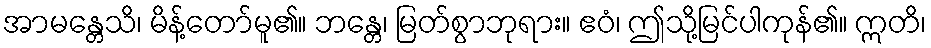
အာမန္တေသိ၊ မိန့်တော်မူ၏။ ဘန္တေ၊ မြတ်စွာဘုရား။ ဧဝံ၊ ဤသို့မြင်ပါကုန်၏။ ဣတိ၊